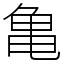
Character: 亀